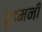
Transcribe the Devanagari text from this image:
दृढमनीं